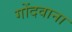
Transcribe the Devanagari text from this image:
गोंदवाना